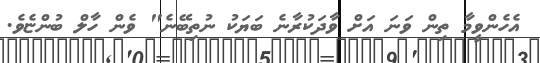
އެހެންވީމާ ތިން ވަނަ އަށް ވާދަކުރާނެ ބަޔަކު ނުތިބޭނެ" ވެން ހާލް ބުންޏެވެ.